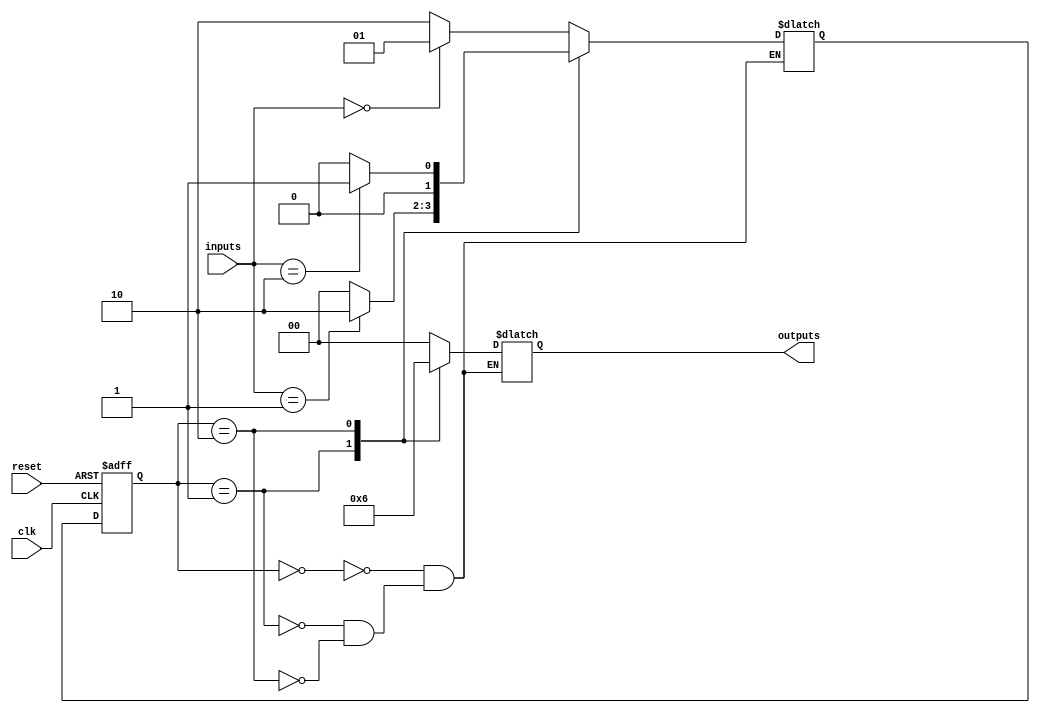
module moore_state_machine (
    input clk,
    input reset,
    input [N-1:0] inputs,
    output reg [M-1:0] outputs
);

parameter N = 3; // Number of input bits
parameter M = 2; // Number of output bits

// States
parameter S0 = 2'b00;
parameter S1 = 2'b01;
parameter S2 = 2'b10;

reg [1:0] state, next_state;

// State register
always @(posedge clk or posedge reset)
begin
    if (reset)
        state <= S0;
    else
        state <= next_state;
end

// Combinational logic to determine next state
always @(*)
begin
    case(state)
        S0: begin
            if (inputs == 2'b00)
                next_state = S1;
            else
                next_state = S2;
        end
        S1: begin
            if (inputs == 2'b01)
                next_state = S2;
            else
                next_state = S0;
        end
        S2: begin
            if (inputs == 2'b10)
                next_state = S1;
            else
                next_state = S0;
        end
    endcase
end

// Output logic
always @(*)
begin
    case(state)
        S0: outputs = 2'b00;
        S1: outputs = 2'b01;
        S2: outputs = 2'b10;
    endcase
end

endmodule